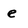
Character: e